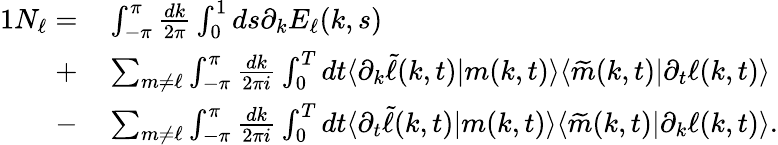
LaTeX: \begin{array}{rl}{{1}N_{\ell}=}&{{}\int_{-\pi}^{\pi}\frac{dk}{2\pi}\int_{0}^{1}ds\partial_{k}E_{\ell}(k,s)}\\ {+}&{{}\sum_{m\neq\ell}\int_{-\pi}^{\pi}\frac{dk}{2\pi i}\int_{0}^{T}dt\langle\partial_{k}\widetilde{\ell}(k,t)|m(k,t)\rangle\langle\widetilde{m}(k,t)|\partial_{t}\ell(k,t)\rangle}\\ {-}&{{}\sum_{m\neq\ell}\int_{-\pi}^{\pi}\frac{dk}{2\pi i}\int_{0}^{T}dt\langle\partial_{t}\widetilde{\ell}(k,t)|m(k,t)\rangle\langle\widetilde{m}(k,t)|\partial_{k}\ell(k,t)\rangle.}\end{array}